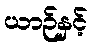
ယာဉ်နှင့်